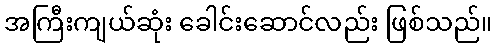
အကြီးကျယ်ဆုံး ခေါင်းဆောင်လည်း ဖြစ်သည်။